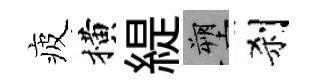
疲横緹塑刹